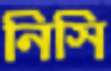
নিসি